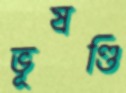
ভূষণ্ডি